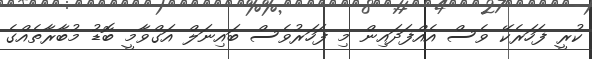
ކުރީ ފަހަރެކޭ ވެސް އެއްފަދައިން މި ފަހަރުވެސް ބައިނަލް އަގްވާމީ ބޮޑު މުބާރާތެއްގެ